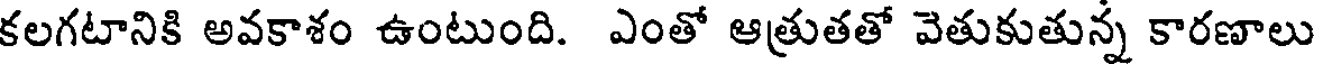
కలగటానికి అవకాశం ఉంటుంది. ఎంతో ఆత్రుతతో వెతుకుతున్న కారణాలు